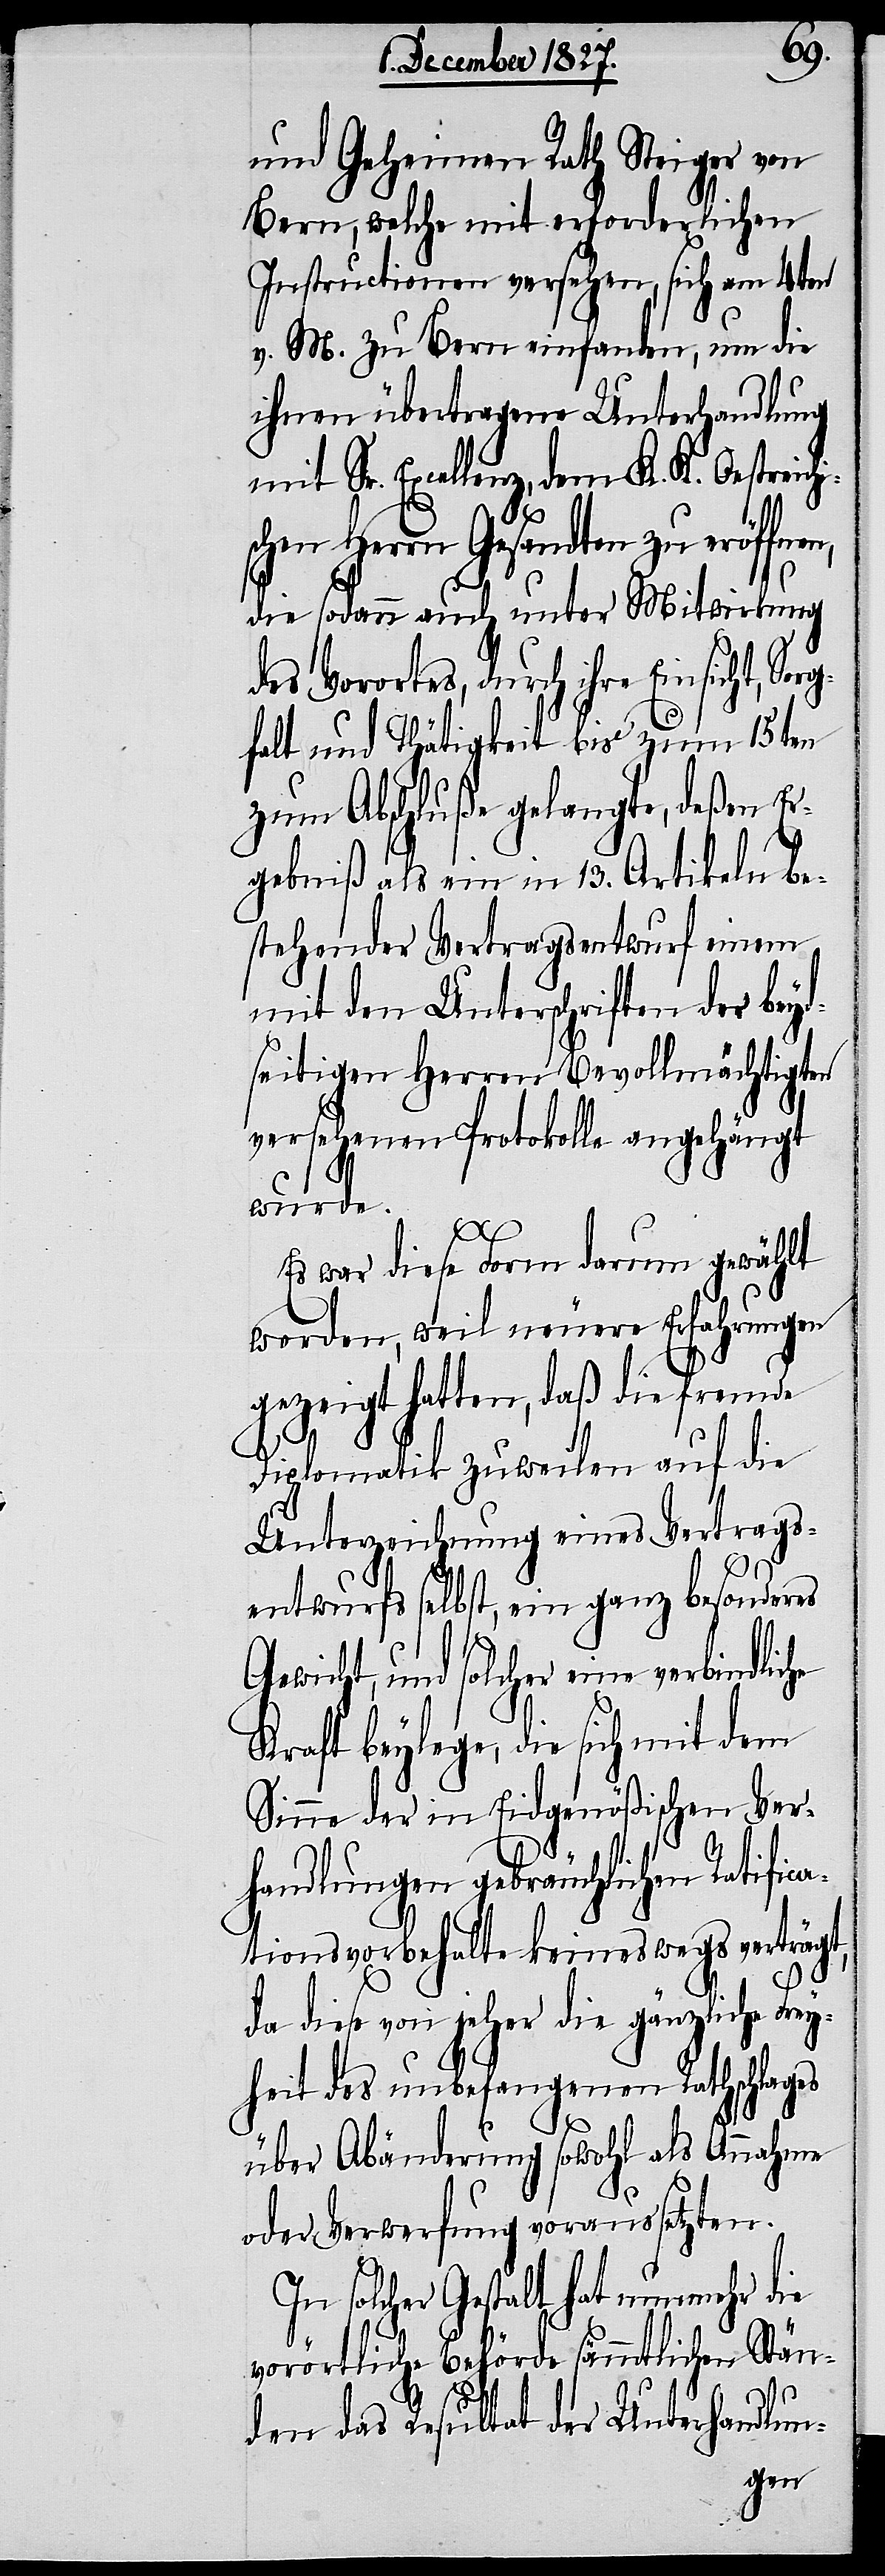
und Geheimen Rath Steiger von
Bern, welche mit erforderlichen
Instructionen versehen, sich am 4ten
v. M. zu Bern einfanden, um die
ihnen übertragene Unterhandlung
mit Sr. Excellenz, dem K. K. Oestreic¬
he
schen Herrn Gesandten zu eröffnen,
die sodann auch unter Mitwirkung
des Vorortes, durch ihre Einsicht,
falt und Thätigkeit bis zum 15ten
zum Abschluße gelangte, deßen Er¬
gebniß als ein in 13. Artikeln be¬
stehender Vertragsentwurf einem
mit den Unterschriften der beyd¬
seitigen Herren Bevollmächtigten
versehenen Protokolle angehängt
wurde.
Sorg¬
Es war diese Form darum gewählt
worden, weil neuere Erfahrungen
gezeigt hatten, daß die fremde
Diplomatik zuweilen auf die
Unterzeichnung eines Vertrags¬
entwurfs selbst, ein ganz besonderes
Gewicht, und solcher eine verbindlic¬
Kraft beylege, die sich mit dem
Sinne der in Eidgenößischen Ver¬
handlungen gebräuchlichen Ratifica¬
tionsvorbehalte keineswegs verträgt,
da diese von jeher die gänzliche Fre¬
yheit des unbefangenen Rathschlages
über Abänderung sowohl als Annahme
oder Verwerfung voraussetzten.
In solcher Gestalt hat nunmehr die
vorörtliche Behörde sämmtlichen Stän¬
den das Resultat der Unterhandlun-